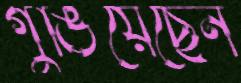
গুঙিয়েছেন